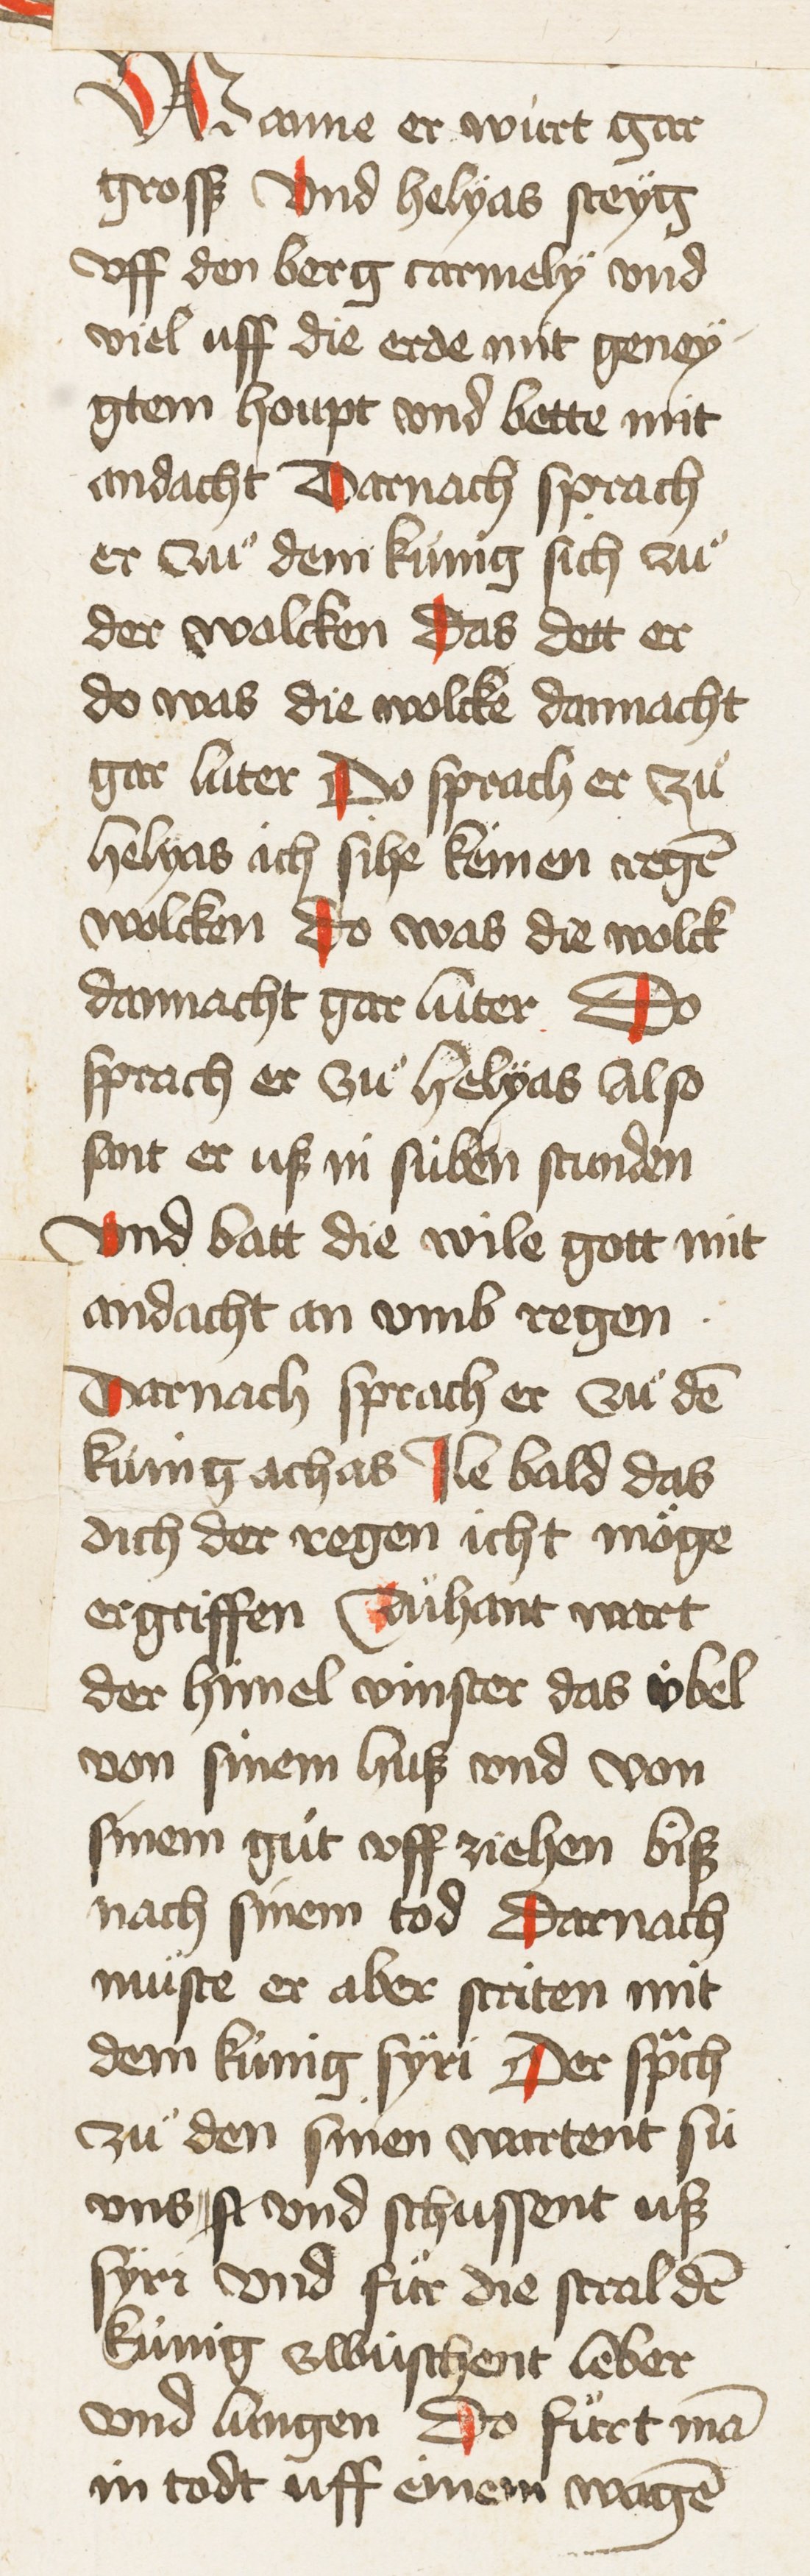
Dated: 1435–1465